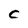
Character: C